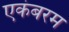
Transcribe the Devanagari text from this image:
एकंबरम